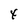
Character: 4